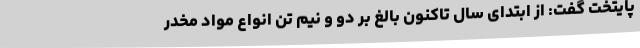
پایتخت گفت: از ابتدای سال تاکنون بالغ بر دو و نیم تن انواع مواد مخدر